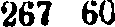
267 60